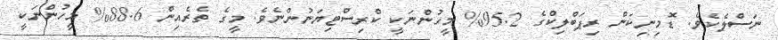
ނަސްލެކެވެ. ޑޮމިނިކަން ރިޕަބްލިކްގެ 95.2% މީހުންނަކީ ކްރިސްޓިޔަނުންނެވެ. މީގެ ތެރެއިން 88.6% މީހުންނަކީ